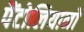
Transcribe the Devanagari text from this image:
पैंटोलियानो